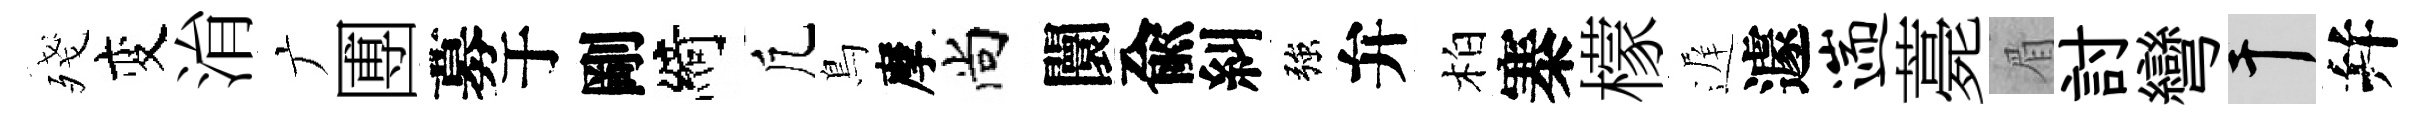
殘变㳙广圑募于剛綺凢鳥摩尚闤兪糾強弁柏寨檬遅遽遄薧眉討彎干幷